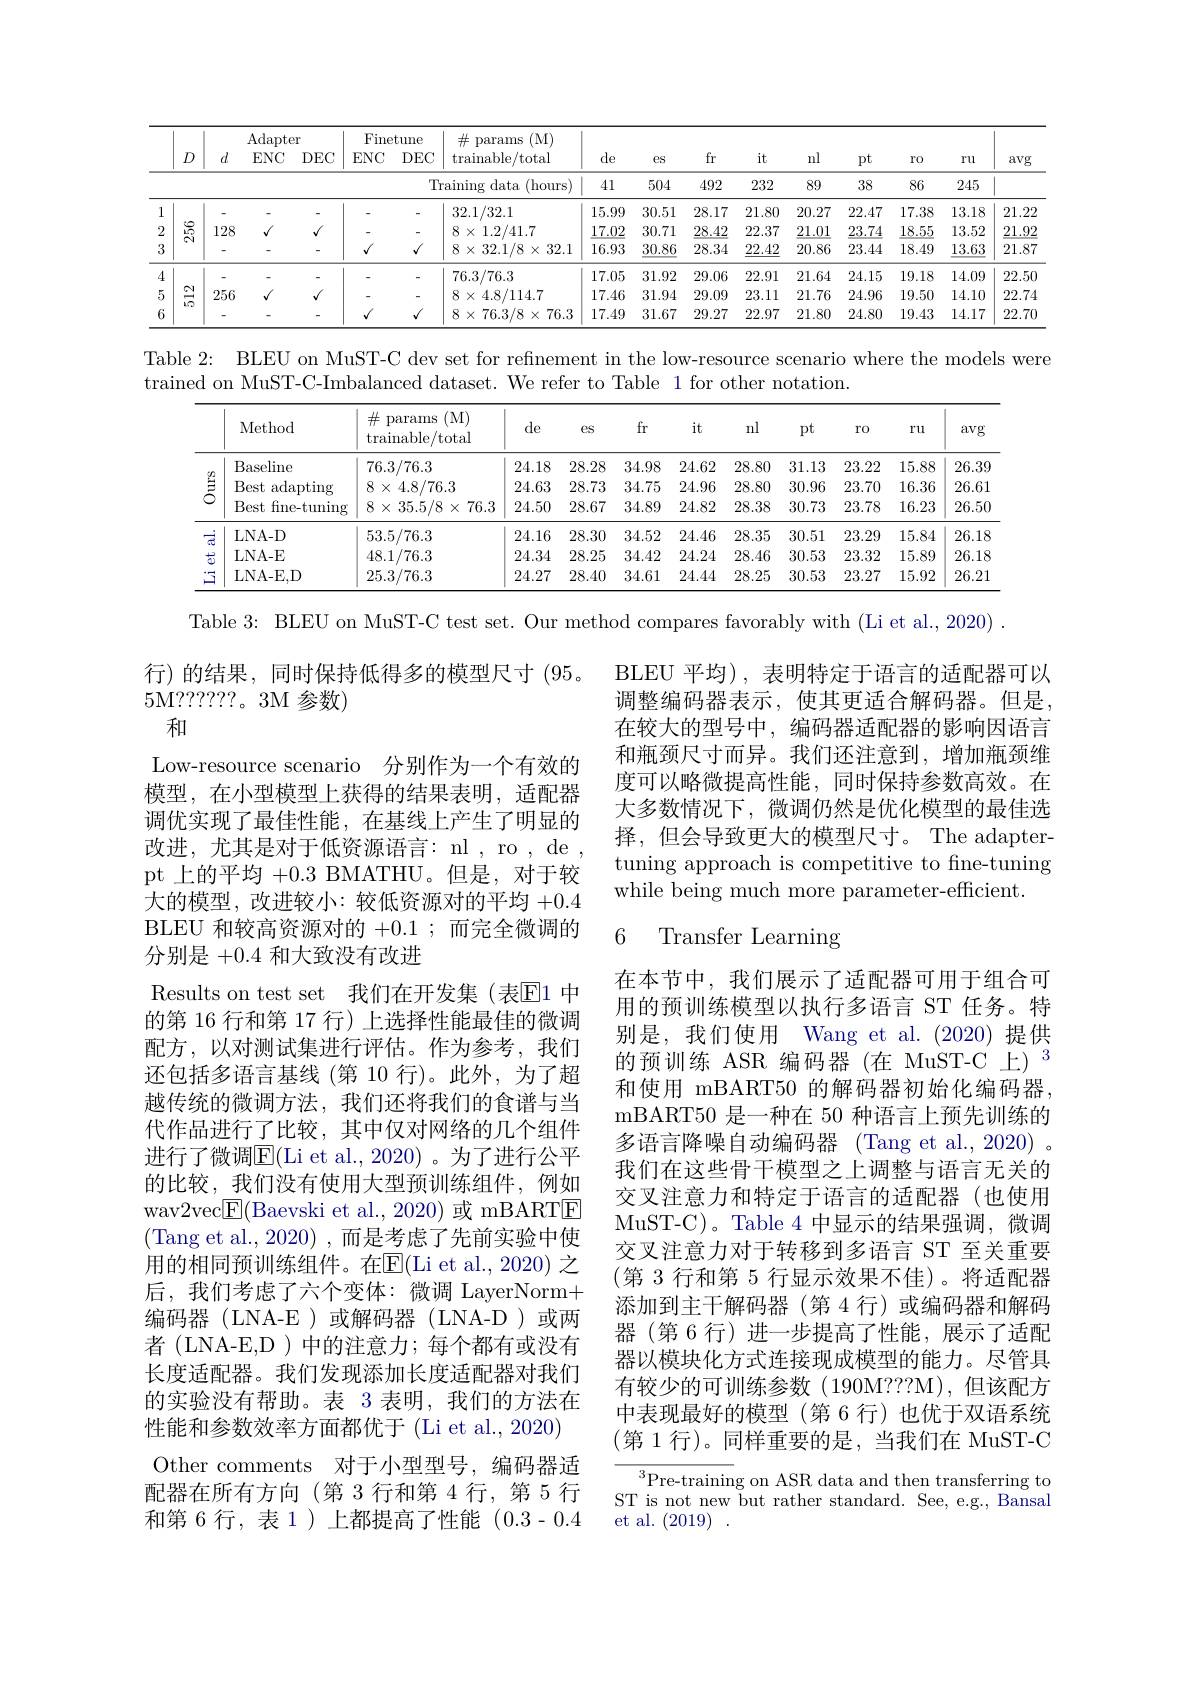
<table>
	<tbody>
		<tr>
			<th> </th>
			<th> </th>
			<th colspan="2">Adapter</th>
			<th> </th>
			<th rowspan="1">Finetune</th>
			<th>(M) $\#$ params</th>
			<th rowspan="2">de</th>
			<th> </th>
			<th> </th>
			<th rowspan="2">nl</th>
			<th> </th>
			<th> </th>
			<th rowspan="2">$ru$</th>
			<th rowspan="2">avg</th>
		</tr>
		<tr>
			<th> </th>
			<th>$D$</th>
			<th>$d$</th>
			<th>$ENC$</th>
			<th>)EC $F$ 十</th>
			<th>$[C$ $DE$</th>
			<th>trainable/total</th>
			<th>$eS$</th>
			<th>$it$</th>
			<th>$pt$</th>
			<th>$r0$</th>
		</tr>
		<tr>
			<td> </td>
			<td> </td>
			<td> </td>
			<td> </td>
			<td> </td>
			<td> </td>
			<td>(hours) ${\mathrm{aining~data}}$</td>
			<td>1 1 41 1 1 1 1</td>
			<td>504</td>
			<td>232</td>
			<td>89</td>
			<td>38</td>
			<td>86</td>
			<td>245</td>
			<td> </td>
		</tr>
		<tr>
			<td>1</td>
			<td> </td>
			<td>-</td>
			<td> </td>
			<td> </td>
			<td>-</td>
			<td>32.1/32.1</td>
			<td>15.99</td>
			<td>30.51</td>
			<td>7 21.8</td>
			<td>$20.2'$</td>
			<td>22.47</td>
			<td>17.38</td>
			<td>13.18</td>
			<td>21.22</td>
		</tr>
		<tr>
			<td>2</td>
			<td>$సి$ 1</td>
			<td>128</td>
			<td>$√$</td>
			<td>$√$</td>
			<td> </td>
			<td>$8\times1.2/41.7$</td>
			<td>17.02</td>
			<td>30.71</td>
			<td>22.3 2</td>
			<td>$\underline{21.0}$</td>
			<td>23.74</td>
			<td>$\underline{18.55}$</td>
			<td>13.52</td>
			<td>21.92</td>
		</tr>
		<tr>
			<td>3</td>
			<td> </td>
			<td>-</td>
			<td> </td>
			<td> </td>
			<td>Y</td>
			<td>$8\times32.1/8\times32.1$</td>
			<td>16.93</td>
			<td>$\underline{30.86}$</td>
			<td>4 22.4.</td>
			<td>20.86</td>
			<td>23.44</td>
			<td>18.49</td>
			<td>$\underline{13.63}$</td>
			<td>21.87</td>
		</tr>
		<tr>
			<td>4</td>
			<td> </td>
			<td> </td>
			<td>-</td>
			<td> </td>
			<td> </td>
			<td>76.3/76.3</td>
			<td>17.05</td>
			<td>31.92</td>
			<td>6 22.9</td>
			<td>21.6</td>
			<td>24.15</td>
			<td>19.18</td>
			<td>14.09</td>
			<td>22.5C</td>
		</tr>
		<tr>
			<td>5</td>
			<td>$\cong$</td>
			<td>256</td>
			<td>$√$</td>
			<td>$√$</td>
			<td> </td>
			<td>$8\times4.8/114.7$</td>
			<td>17.46</td>
			<td>31.94</td>
			<td>23.1 9</td>
			<td>21.7(</td>
			<td>24.96</td>
			<td>19.50</td>
			<td>14.10</td>
			<td>22.74</td>
		</tr>
		<tr>
			<td>6</td>
			<td>W</td>
			<td> </td>
			<td> </td>
			<td>-</td>
			<td>$Y$</td>
			<td>$8\times76.3/8\times76.3$</td>
			<td>17.49</td>
			<td>31.67</td>
			<td>22.9 7</td>
			<td>21.8(</td>
			<td>24.80</td>
			<td>19.43</td>
			<td>14.17</td>
			<td>22.70</td>
		</tr>
	</tbody>
</table>

Table 2: BLEU on MuST-C dev set for refinement in the low-resource scenario where the models were
trained on MuST-C-Imbalanced dataset. We refer to Table 1 for other notation.

<table>
	<tbody>
		<tr>
			<th> </th>
			<th>Method</th>
			<th>$\#$ params (M) trainable/total</th>
			<th>de</th>
			<th>$eS$</th>
			<th>it</th>
			<th>nl</th>
			<th>$pt$</th>
			<th>$r0$</th>
			<th>ru</th>
			<th>avg</th>
		</tr>
		<tr>
			<td rowspan="3">$\overset{2}{\operatorname*{\operatorname*{\operatorname*{=}}}}$</td>
			<td>Baseline</td>
			<td>76.3/76.3</td>
			<td>24.18</td>
			<td>3.28 3</td>
			<td>$24.6_{2}^{\epsilon}$</td>
			<td>28.80</td>
			<td>31.13</td>
			<td>23.22</td>
			<td>15.88</td>
			<td>26.39</td>
		</tr>
		<tr>
			<td>Best adapting</td>
			<td>$8\times4.8/76.3$</td>
			<td>24.63</td>
			<td>3.73 3</td>
			<td>24.9(</td>
			<td>28.80</td>
			<td>30.96</td>
			<td>23.70</td>
			<td>16.36</td>
			<td>26.61</td>
		</tr>
		<tr>
			<td>Best f fine-tuning</td>
			<td>$8\times35.5/8\times76.3$</td>
			<td>24.50</td>
			<td>3 3.67</td>
			<td>$24.8_{2}^{c}$</td>
			<td>28.38</td>
			<td>30.73</td>
			<td>23.78</td>
			<td>16.23</td>
			<td>26.50</td>
		</tr>
		<tr>
			<td>$\frac{1}{\sqrt{5}}$</td>
			<td>LNA- D</td>
			<td>53.5/76.3</td>
			<td>24.16</td>
			<td>3.30 3</td>
			<td>$24.4\epsilon$</td>
			<td>28.35</td>
			<td>30.51</td>
			<td>23.29</td>
			<td>15.84</td>
			<td>26.18</td>
		</tr>
		<tr>
			<td>$\frac{+2}{51}$</td>
			<td>LNA- E</td>
			<td>48.1/76.3</td>
			<td>24.34</td>
			<td>3.25 3</td>
			<td>24.2.</td>
			<td>28.46</td>
			<td>30.53</td>
			<td>23.32</td>
			<td>15.89</td>
			<td>26.18</td>
		</tr>
		<tr>
			<td>5</td>
			<td>LNA- E, D</td>
			<td>25.3/76.3</td>
			<td>24.27</td>
			<td>3.40 3</td>
			<td>24.4</td>
			<td>28.25</td>
			<td>30.53</td>
			<td>23.27</td>
			<td>15.92</td>
			<td>26.21</td>
		</tr>
	</tbody>
</table>

Table 3: BLEU on MuST-C test set. Our method compares favorably with (Li et al.,2020) .

行)的结果，同时保持低得多的模型尺寸(95。
5M???????。3M 参数)
和

BLEU 平均),表明特定于语言的适配器可以调整编码器表示，使其更适合解码器。但是， 在较大的型号中，编码器适配器的影响因语言和瓶颈尺寸而异。我们还注意到，增加瓶颈维度可以略微提高性能，同时保持参数高效。在大多数情况下，微调仍然是优化模型的最佳选择，但会导致更大的模型尺寸。The adaptertuning approach is competitive to fine-tuning while being much more parameter-efficient.

## 6 Transfer Learning

Low-resource scenario 分别作为一个有效的模型，在小型模型上获得的结果表明，适配器调优实现了最佳性能，在基线上产生了明显的改进，尤其是对于低资源语言：nl , ro , de , pt 上的平均+0.3 BMATHU。但是，对于较大的模型，改进较小：较低资源对的平均+0.4 BLEU 和较高资源对的+0.1 ;而完全微调的分别是+0.4和大致没有改进
Results on test set 我们在开发集(表$\overline{\mathrm{E}}$1 中的第 16 行和第 17 行) 上选择性能最佳的微调配方，以对测试集进行评估。作为参考，我们还包括多语言基线 (第 10 行)。此外，为了超越传统的微调方法，我们还将我们的食谱与当代作品进行了比较，其中仅对网络的几个组件进行了微调E(Li et al., 2020)。为了进行公平的比较，我们没有使用大型预训练组件，例如wav2vec$\boxed{\mathrm{F}}($Baevski et al., 2020) 或 mBARTE (Tang et al.,2020) ,而是考虑了先前实验中使用的相同预训练组件。在$\overline{\mathrm{E}}($Li et al.,2020) 之后，我们考虑了六个变体：微调 LayerNorm+ 编码器(LNA-E)或解码器(LNA-D)或两${\text{者 (LNA-E,D)中的注意力；每个都有或没有}}$ 长度适配器。我们发现添加长度适配器对我们的实验没有帮助。表 3 表明，我们的方法在性能和参数效率方面都优于 (Li et al., 2020) Other comments 对于小型型号，编码器适配器在所有方向(第 3 行和第 4 行，第 5 行和第 6 行，表 1 ) 上都提高了性能 (0.3-0.4

在本节中，我们展示了适配器可用于组合可用的预训练模型以执行多语言 ST 任务。特别是，我们使用 Wang et al. (2020) 提供的预训练 ASR 编码器(在 MuST-C 上)$^3$ 和使用 mBART50 的解码器初始化编码器， mBART50 是一种在 50 种语言上预先训练的多语言降噪自动编码器 (Tang et al., 2020) 。我们在这些骨干模型之上调整与语言无关的交叉注意力和特定于语言的适配器(也使用MuST-C)。Table 4 中显示的结果强调，微调交叉注意力对于转移到多语言 ST 至关重要(第 3 行和第 5 行显示效果不佳)。将适配器添加到主干解码器(第 4 行)或编码器和解码器(第 6 行)进一步提高了性能，展示了适配器以模块化方式连接现成模型的能力。尽管具有较少的可训练参数(190M???M),但该配方中表现最好的模型 (第 6 行)也优于双语系统(第 1 行)。同样重要的是，当我们在 MuST-C

${}^{3}{\mathrm{Pre-training~on~ASR~data~and~then~transferring~to}}$ ST is not new but rather standard. See, e.g., Bansal et al. (2019).